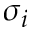
\sigma _ { i }